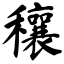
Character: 穰